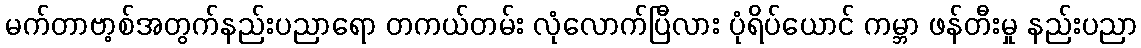
မက်တာဗာ့စ်အတွက်နည်းပညာရော တကယ်တမ်း လုံလောက်ပြီလား ပုံရိပ်ယောင် ကမ္ဘာ ဖန်တီးမှု နည်းပညာ